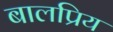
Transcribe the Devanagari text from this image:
बालप्रिय